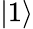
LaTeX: \left\lvert 1\right\rangle